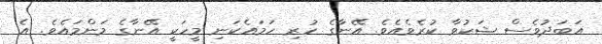
އަބަދުވެސް ޝަކުވާ ކުރެވެއެވެ. އޭނާގެ ހުރި ހަމައެކަނި މީހަކީ އޭނާގެ މަންމައެވެ. އެ